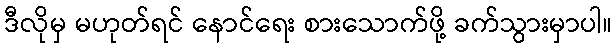
ဒီလိုမှ မဟုတ်ရင် နောင်ရေး စားသောက်ဖို့ ခက်သွားမှာပါ။